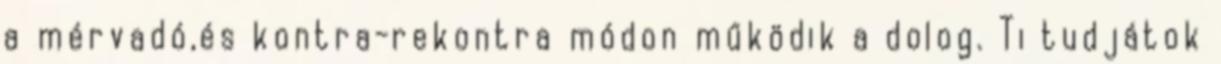
a mérvadó,és kontra-rekontra módon működik a dolog. Ti tudjátok